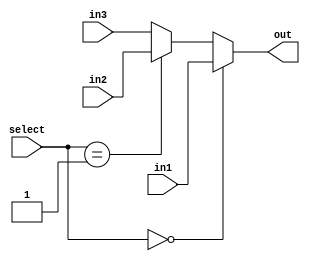
module Mux3to1(
	input [31:0]in1,
	input [31:0]in2,
	input [31:0]in3,
	input [1:0]select,
	output wire [31:0]out
);
	assign out = select==0?in1:(select==1?in2:in3);
endmodule